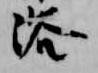
浴